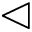
\vartriangleleft